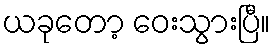
ယခုတော့ ဝေးသွားပြီ။